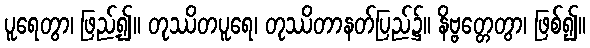
ပူရေတွာ၊ ဖြည့်၍။ တုဿိတပူရေ၊ တုဿိတာနတ်ပြည်၌။ နိဗ္ဗတ္တေတွာ၊ ဖြစ်၍။